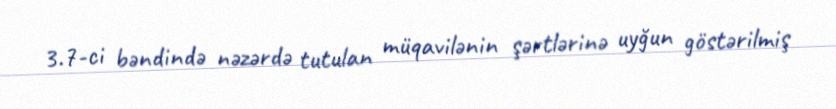
3.7-ci bəndində nəzərdə tutulan müqavilənin şərtlərinə uyğun göstərilmiş